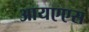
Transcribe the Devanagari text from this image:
आयएएस